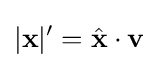
|\mathbf {x} |'={\hat {\mathbf {x} }}\cdot \mathbf {v}